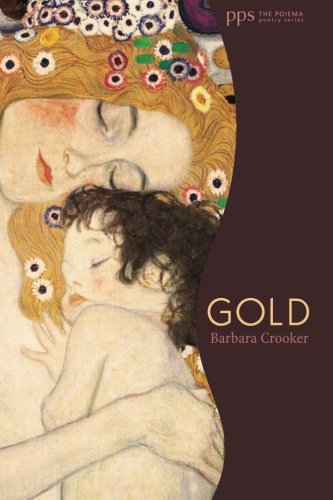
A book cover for Gold: (Poiema Poetry); Barbara Crooker; Literature & Fiction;